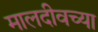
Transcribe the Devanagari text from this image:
मालदीवच्या